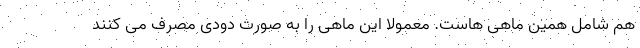
هم شامل همین ماهی هاست. معمولاً این ماهی را به صورت دودی مصرف می کنند